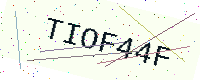
Text: TIOF44F